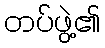
တပ်ဖွဲ့၏